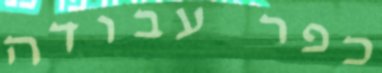
כפר עבודה